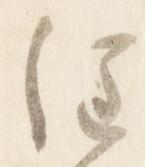
注